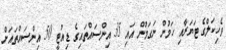
ވެހިކަލްގެ ޓަޔަރާއި ހަމުން ނަގަމުން އައި 35 އިންސައްތައިގެ ޑިއުޓީ 50 އިންސައްތައަށް